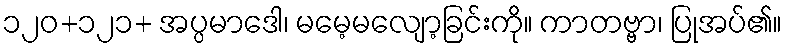
၁၂၀+၁၂၁+ အပ္ပမာဒေါ၊ မမေ့မလျော့ခြင်းကို။ ကာတဗ္ဗာ၊ ပြုအပ်၏။